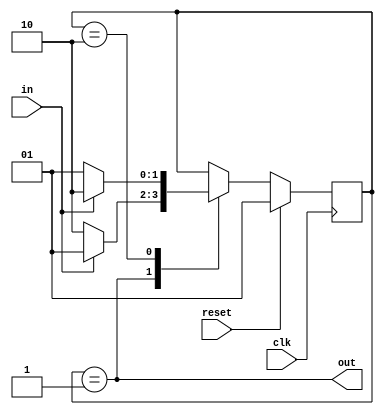
`timescale 1ns / 1ps
//////////////////////////////////////////////////////////////////////////////////
// Company: 
// Engineer: 
// 
// Design Name: 
// Module Name: des
// Project Name: 
// Target Devices: 
// Tool Versions: 
// Description: 
// 
// Dependencies: 
// 
// Revision:
// Revision 0.01 - File Created
// Additional Comments:
// 
//////////////////////////////////////////////////////////////////////////////////


module top_module(clk, reset, in, out);
    input clk;
    input reset;  
    input in;
    output out;


    reg [1:0] present_state, next_state;
	parameter state_b = 2'b01, state_a = 2'b10;
    
    always @ (*)
        begin
           present_state = next_state; 
        end
    
    always @ (posedge clk)
        begin
            if(reset)
                next_state <= state_b[1:0];
           	else
                begin
                    case(present_state[1:0])
                        state_b : begin
                            if(~in)
                                next_state <= state_a[1:0];
                           	else
                                next_state <= state_b[1:0];
                        end
                        
                        state_a : begin
                            if(~in)
                                next_state <= state_b[1:0];
                            else
                                next_state <= state_a[1:0];
                        end
                        
                        
                    endcase
                end
        end
    
    assign out = (present_state == state_b[1:0]);

endmodule